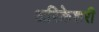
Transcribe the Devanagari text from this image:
अरिकेशरी